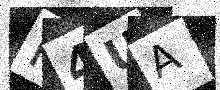
Text: M4UA